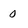
Character: 0